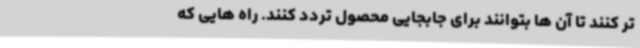
تر کنند تا آن ها بتوانند برای جابجایی محصول تردد کنند. راه هایی که